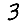
Digit: 3